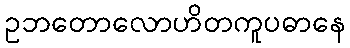
ဥဘတောလောဟိတကူပဓာနေ